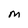
Character: M